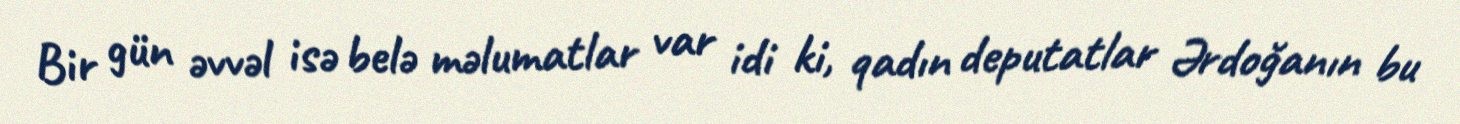
Bir gün əvvəl isə belə məlumatlar var idi ki, qadın deputatlar Ərdoğanın bu